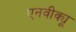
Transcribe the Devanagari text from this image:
एनवीक्यू